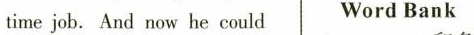
time job. And now he could Word Bank